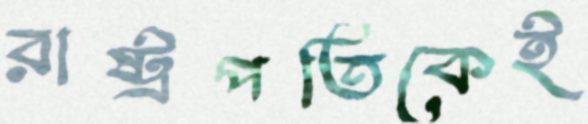
রাষ্ট্রপতিকেই